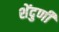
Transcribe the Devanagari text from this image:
शेंदुर्णी